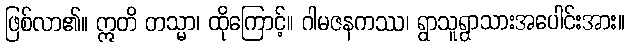
ဖြစ်လာ၏။ ဣတိ တသ္မာ၊ ထိုကြောင့်။ ဂါမဇနကဿ၊ ရွာသူရွာသားအပေါင်းအား။